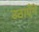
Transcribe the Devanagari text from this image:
उठाएँगें